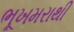
ભૂખમરાથી